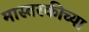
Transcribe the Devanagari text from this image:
मास्तरकीच्या